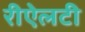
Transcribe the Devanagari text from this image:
रीऐलटी